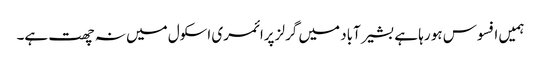
ہمیں افسوس ہو رہا ہے بشیر آباد میں گرلز پرائمری اسکول میں نہ چھت ہے۔